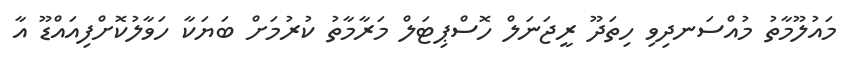
މައުލޫމާތު މުއްސަނދިވި ހިތަދޫ ރީޖަނަލް ހޮސްޕިޓަލް މަރާމާތު ކުރުމަށް ބަޔަކާ ހަވާލުކޮށްފިއައްޑޫ އާ